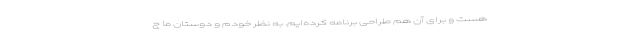
هست و برای آن هم طراحی برنامه کرده‌ایم. به نظر خودم و دوستان ما ج